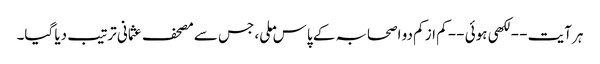
ہر آیت -- لکھی ہوئی -- کم از کم دو اصحابہ کے پاس ملی، جس سے مصحف عثمانی ترتیب دیا گیا۔